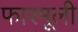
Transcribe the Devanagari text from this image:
फारमूली